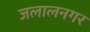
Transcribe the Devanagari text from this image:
जलालनगर